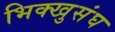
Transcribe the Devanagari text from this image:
भिक्खुसंघ